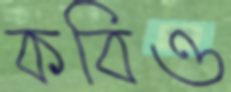
কবিও